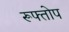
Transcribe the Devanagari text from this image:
रूफ्तोप